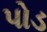
પોડ